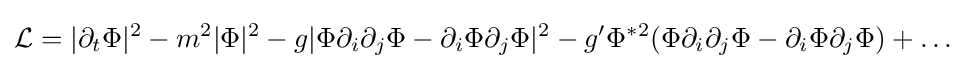
{\mathcal {L}}=|\partial _{t}\Phi |^{2}-m^{2}|\Phi |^{2}-g|\Phi \partial _{i}\partial _{j}\Phi -\partial _{i}\Phi \partial _{j}\Phi |^{2}-g'\Phi ^{*2}(\Phi \partial _{i}\partial _{j}\Phi -\partial _{i}\Phi \partial _{j}\Phi )+\ldots